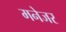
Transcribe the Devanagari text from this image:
मनेजर